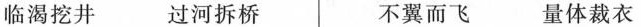
临渴挖井 过河拆桥 不翼而飞 量体裁衣